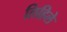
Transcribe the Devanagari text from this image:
लिहिलेे